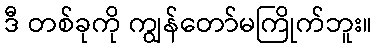
ဒီ တစ်ခုကို ကျွန်တော်မကြိုက်ဘူး။